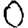
Digit: 0